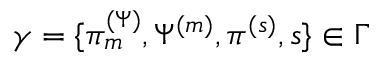
\gamma = \{ \pi _ { m } ^ { ( \Psi ) } , \Psi ^ { ( m ) } , \pi ^ { ( s ) } , s \} \in \Gamma